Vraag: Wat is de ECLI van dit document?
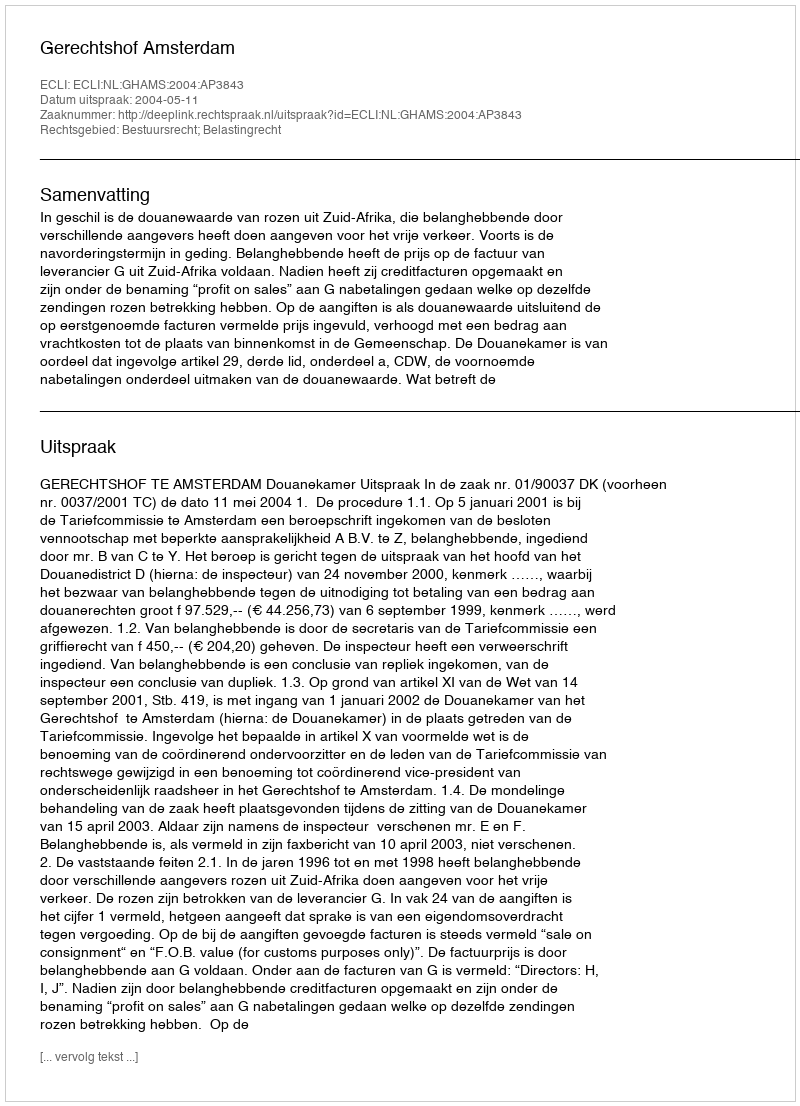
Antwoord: ECLI:NL:GHAMS:2004:AP3843